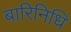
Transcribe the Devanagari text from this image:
बारिनिधि